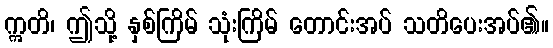
ဣတိ၊ ဤသို့ နှစ်ကြိမ် သုံးကြိမ် တောင်းအပ် သတိပေးအပ်၏။